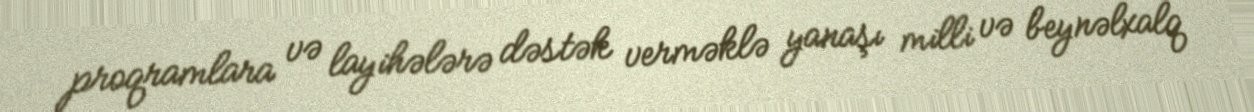
proqramlara və layihələrə dəstək verməklə yanaşı milli və beynəlxalq